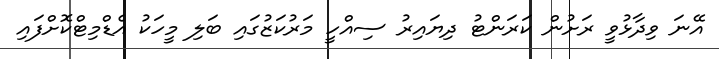
އޭނަ ވިދާޅުވީ ރަށުން ކަރަންޓު ދިޔައިރު ސިއްހީ މަރުކަޒުގައި ބަލި މީހަކު އެޑްމިޓްކޮށްފައި